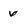
Character: v